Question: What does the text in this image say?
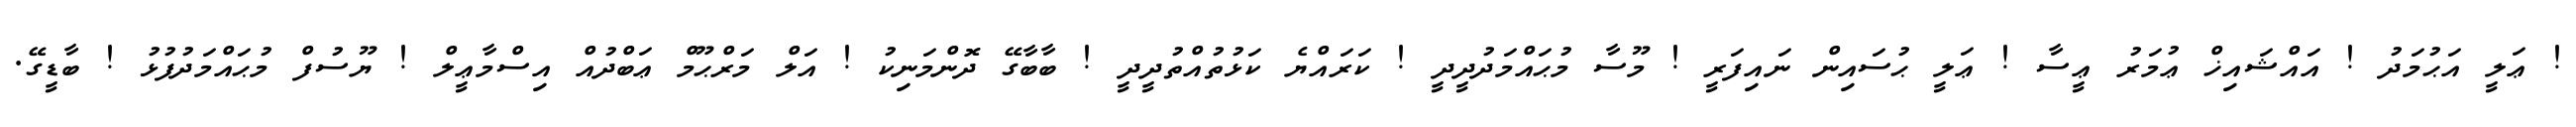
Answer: ! ޢަލީ އަޙުމަދު ! އައްޝައިޚް ޢުމަރު ޢީސާ ! ޢަލީ ޙުސައިން ނައިފަރީ ! މޫސާ މުޙައްމަދުދީދީ ! ކަރައްޔެ ކަޅުތުއްތުދީދީ ! ބާބާގޭ ދޮންމަނިކު ! އަލް މަރްޙޫމް ޢަބްދުއް އިސްމާޢީލް ! ޔޫސުފް މުޙައްމަދުފުޅު ! ބާޑީގޭ.